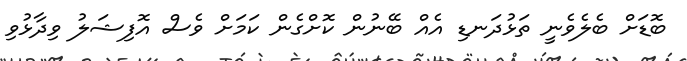
ބޮޑަށް ބެލެވެނީ ތަޅުދަނޑި އެއް ބޭނުން ކޮށްގެން ކަމަށް ވެސް އޮފިޝަލު ވިދާޅުވި